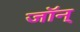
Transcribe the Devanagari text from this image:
जॉन्